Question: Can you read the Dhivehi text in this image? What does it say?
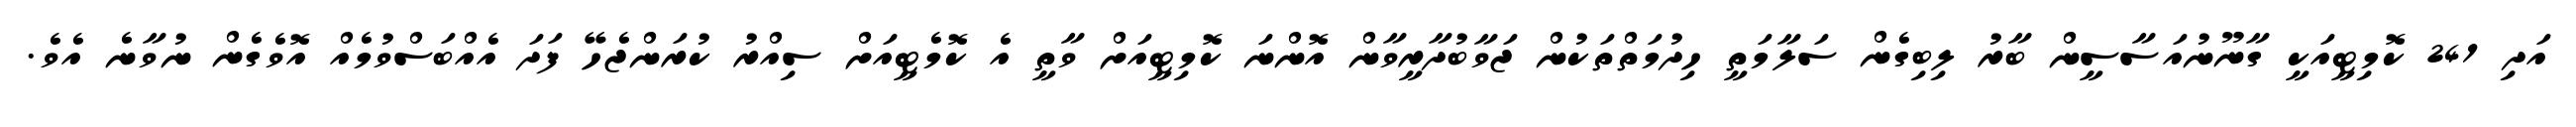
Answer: އަދި 241 ކޮމިޓީއަކީ ގާނޫނުއަސާސީން ބާރު ލިބިގެން ސަލާމަތީ ހިދުމަތްތަކުން ޖަވާބުދާރީވާން އޮންނަ ކޮމިޓީއަށް ވާތީ އެ ކޮމެޓީއަށް ސިއްރު ކުރަންޖެހޭ ފަދަ އެއްބަސްވުމެއް އޮވެގެން ނުވާނެ އެވެ.